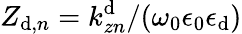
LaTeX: Z_{\mathrm{d},{n}}=k_{zn}^{\mathrm{d}}/(\omega_{0}\epsilon_{0}\epsilon_{\mathrm{d}})